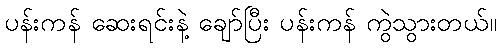
ပန်းကန် ဆေးရင်းနဲ့ ချော်ပြီး ပန်းကန် ကွဲသွားတယ်။